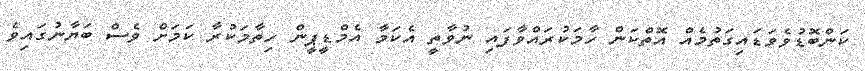
ކަންބޮޑުވެވަޑައިގަތުމެއް އޮތްކަން ހާމަކުރައްވާފައި ނުވާތީ އެކަމާ އެމްޑީޕީން ހިތާމަކުރާ ކަަމަށް ވެސް ބަޔާނުގައިވެ